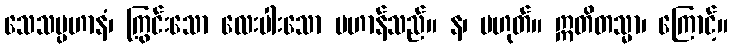
သေသပ္ပဟာနံ၊ ကြွင်းသော လေးပါးသော ပဟာန်သည်။ န၊ မဟုတ်။ ဣတိတသ္မာ၊ ကြောင့်။